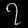
Digit: ၇